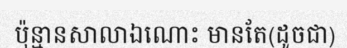
ប៉ុន្មានសាលាឯណោះ មានតែ(ដូចជា)